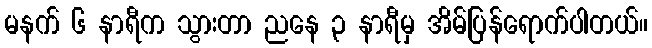
မနက် ၆ နာရီက သွားတာ ညနေ ၃ နာရီမှ အိမ်ပြန်ရောက်ပါတယ်။